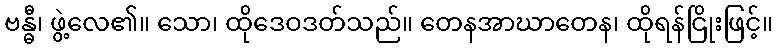
ဗန္ဓီ၊ ဖွဲ့လေ၏။ သော၊ ထိုဒေဝဒတ်သည်။ တေနအာဃာတေန၊ ထိုရန်ငြိုးဖြင့်။